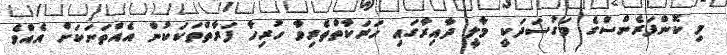
މި ކޮންފަރެންސްގެ މަގުސަދަކީ މާލީ ދާއިރާގައި ހަރަކާތްތެރިވާ ހުރިހާ ފަރާތްތަކަކުން އެއްތަނަކަށް އެއްވެ